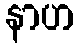
နာဟ